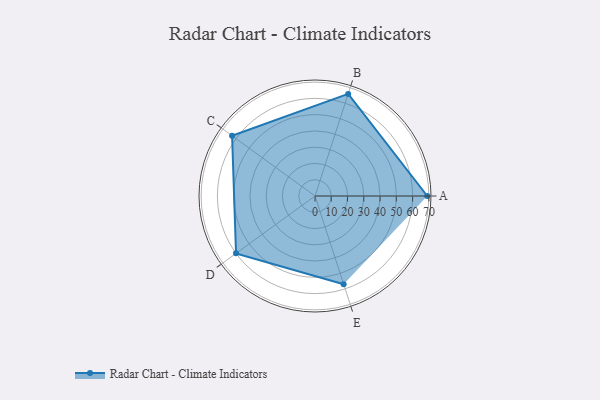
{"axis": {"x": "Skill", "y": "Score"}, "legend": ["Profile"], "data": [{"x": "A", "y": 69.0, "type": "Profile"}, {"x": "B", "y": 66.0, "type": "Profile"}, {"x": "C", "y": 63.0, "type": "Profile"}, {"x": "D", "y": 60.0, "type": "Profile"}, {"x": "E", "y": 57.0, "type": "Profile"}]}